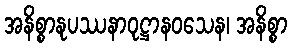
အနိစ္စာနုပဿနာဝုဋ္ဌာနဝသေန၊ အနိစ္စာ